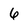
Character: 6